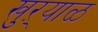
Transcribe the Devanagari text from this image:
खुऱ्‍याळ